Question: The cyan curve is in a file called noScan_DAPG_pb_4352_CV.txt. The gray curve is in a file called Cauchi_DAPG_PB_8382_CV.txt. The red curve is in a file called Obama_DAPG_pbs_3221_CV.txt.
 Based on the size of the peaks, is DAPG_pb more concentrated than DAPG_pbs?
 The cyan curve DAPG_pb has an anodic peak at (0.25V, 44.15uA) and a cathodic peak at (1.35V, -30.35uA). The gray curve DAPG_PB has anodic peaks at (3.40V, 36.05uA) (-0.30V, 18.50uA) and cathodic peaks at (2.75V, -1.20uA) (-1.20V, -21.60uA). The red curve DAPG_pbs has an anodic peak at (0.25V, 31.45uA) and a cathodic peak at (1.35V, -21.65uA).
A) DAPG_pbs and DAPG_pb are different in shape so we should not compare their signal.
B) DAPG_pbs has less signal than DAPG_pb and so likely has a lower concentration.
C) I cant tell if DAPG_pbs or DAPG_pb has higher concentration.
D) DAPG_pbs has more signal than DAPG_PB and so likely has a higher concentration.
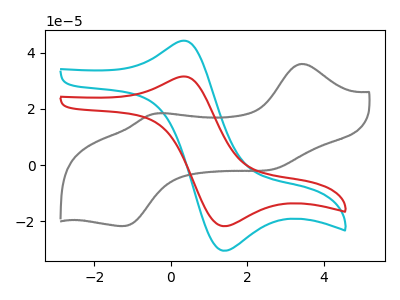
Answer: <think>All the peaks in "DAPG_pbs" have a peak in "DAPG_pb" at the same potential. Every peak in "DAPG_pbs" is lower than every peak in "DAPG_pb".
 </think>
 <answer>B) "DAPG_pbs" has less signal than "DAPG_pb" and so likely has a lower concentration.</answer>
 <eval>B</eval>